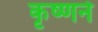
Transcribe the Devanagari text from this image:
कृष्‍णने